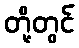
တို့တွင်